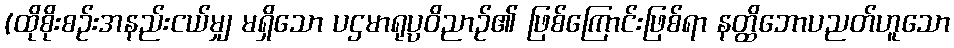
(ထိုစိုးစဉ်းအနည်းငယ်မျှ မရှိသော ပဌမာရုပ္ပဝိညာဉ်၏ ဖြစ်ကြောင်းဖြစ်ရာ နတ္ထိဘောပညတ်ဟူသော